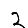
Digit: 2